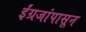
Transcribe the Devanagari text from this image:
ईंग्रजांपासून